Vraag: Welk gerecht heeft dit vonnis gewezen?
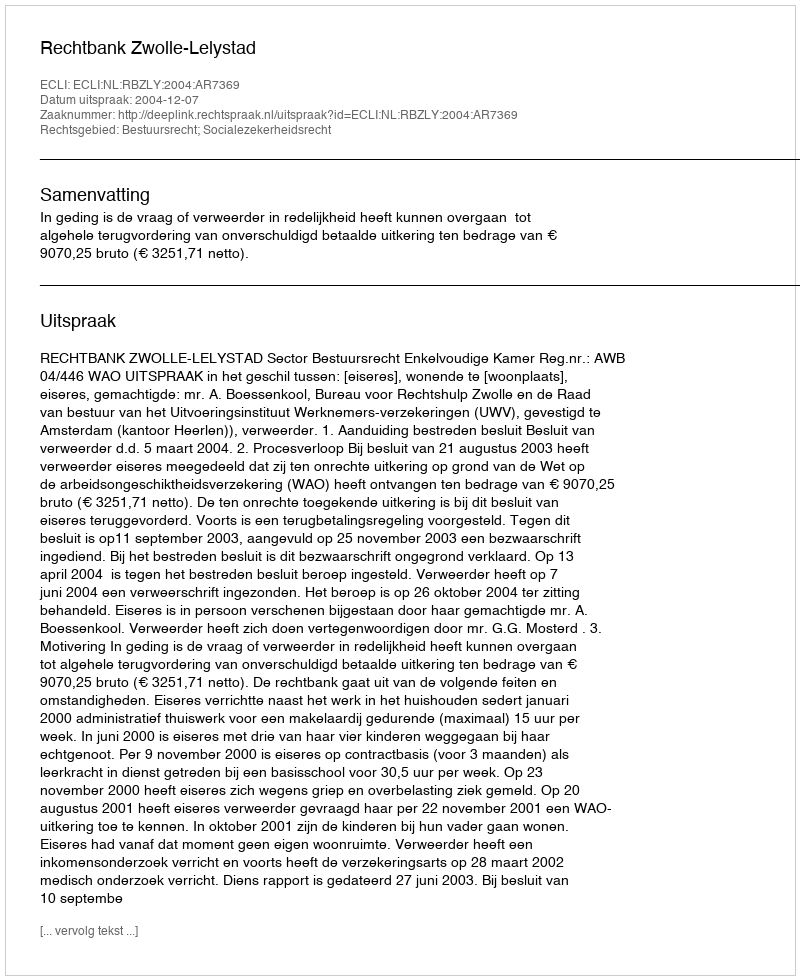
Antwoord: Rechtbank Zwolle-Lelystad